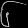
Digit: ၆